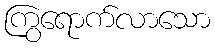
ကြွရောက်လာသော